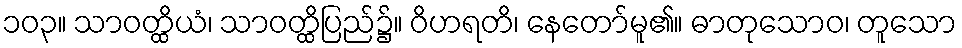
၁၀၃။ သာဝတ္ထိယံ၊ သာဝတ္ထိပြည်၌။ ဝိဟရတိ၊ နေတော်မူ၏။ ဓာတုသောဝ၊ တူသော